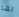
لها